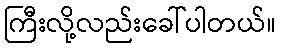
ကြီးလို့လည်းခေါ်ပါတယ်။